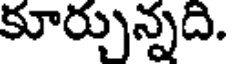
కూర్చున్నది.